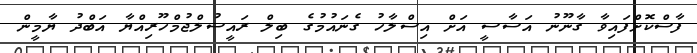
ފާސްކޮށްފައިވާ ގާނޫނު އަސާސީ އަށް އިސްލާހު ގެނައުމުގެ ބިލް ރައީސުލްޖުމްހޫރިއްޔާ އަބްދު ޔާމީން